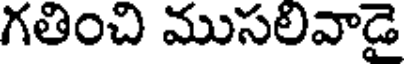
గతించి ముసలివాడై